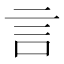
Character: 言